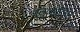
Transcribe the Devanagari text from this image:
मनुष्योजित